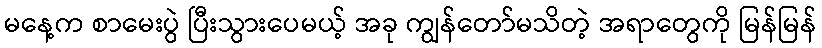
မနေ့က စာမေးပွဲ ပြီးသွားပေမယ့် အခု ကျွန်တော်မသိတဲ့ အရာတွေကို မြန်မြန်